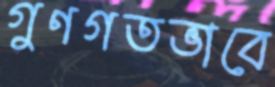
গুণগতভাবে